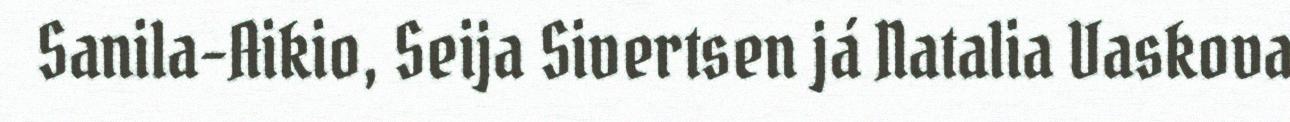
Sanila-Aikio, Seija Sivertsen já Natalia Vaskova